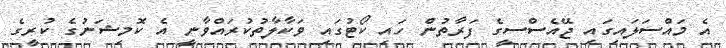
އެ މައްސަލައިގައި ޖޭއެސްސީގެ ފަރާތުން ހައި ކޯޓުގައި ވަކާލާތުކުރައްވާނީ އެ ކޮމިޝަނުގެ ކުރީގެ